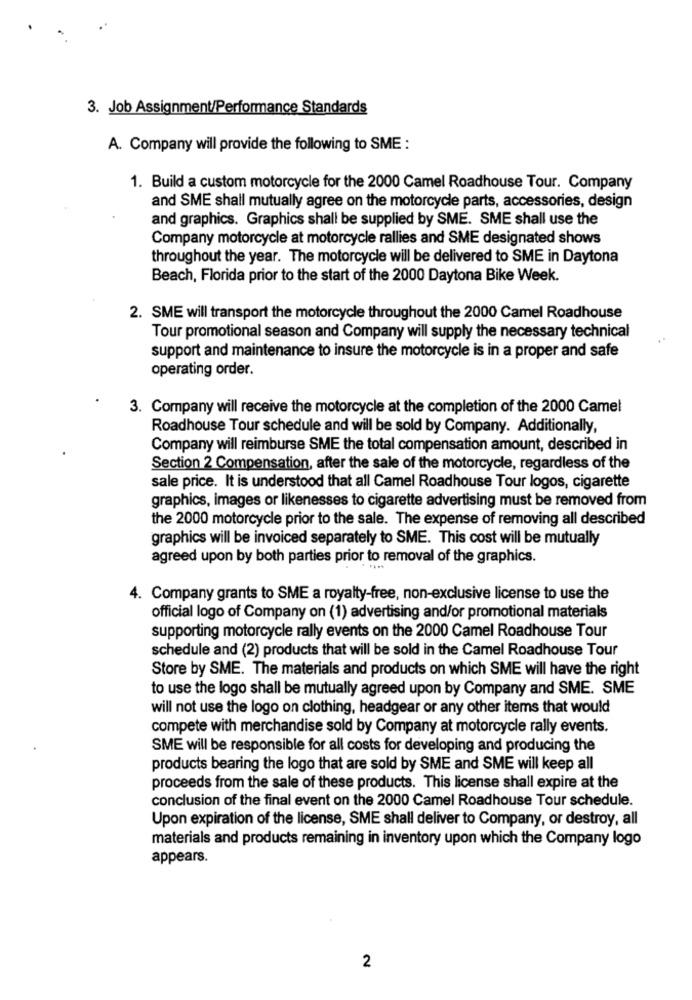
3. Job Assignment/Performance Standards
A. Company will provide the following to SME :
1. Build a custom motorcycle for the 2000 Camel Roadhouse Tour. Company
and SME shall mutually agree on the motorcycle parts, accessories, design
and graphics. Graphics shall be supplied by SME. SME shall use the
Company motorcycle at motorcycle rallies and SME designated shows
throughout the year. The motorcycle will be delivered to SME in Daytona
Beach, Florida prior to the start of the 2000 Daytona Bike Week.
2. SME will transport the motorcycle throughout the 2000 Camel Roadhouse
Tour promotional season and Company will supply the necessary technical
support and maintenance to insure the motorcycle is in a proper and safe
operating order.
3. Company will receive the motorcycle at the completion of the 2000 Camel
Roadhouse Tour schedule and will be sold by Company. Additionally,
Company will reimburse SME the total compensation amount, described in
Section 2 Compensation, after the sale of the motorcycle, regardless of the
sale price. It is understood that all Camel Roadhouse Tour logos, cigarette
graphics, images or likenesses to cigarette advertising must be removed from
the 2000 motorcycle prior to the sale. The expense of removing all described
graphics will be invoiced separately to SME. This cost will be mutually
agreed upon by both parties prior to removal of the graphics.
4. Company grants to SME a royalty-free, non-exclusive license to use the
official logo of Company on (1) advertising and/or promotional materials
supporting motorcycle rally events on the 2000 Camel Roadhouse Tour
schedule and (2) products that will be sold in the Camel Roadhouse Tour
Store by SME. The materials and products on which SME will have the right
to use the logo shall be mutually agreed upon by Company and SME. SME
will not use the logo on clothing, headgear or any other items that would
compete with merchandise sold by Company at motorcycle rally events.
SME will be responsible for all costs for developing and producing the
products bearing the logo that are sold by SME and SME will keep all
proceeds from the sale of these products. This license shall expire at the
conclusion of the final event on the 2000 Camel Roadhouse Tour schedule.
Upon expiration of the license, SME shall deliver to Company, or destroy, all
materials and products remaining in inventory upon which the Company logo
appears.
2